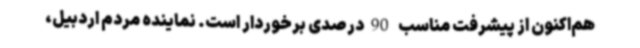
هم‌اکنون از پیشرفت مناسب 90درصدی برخوردار است. نماینده مردم اردبیل،